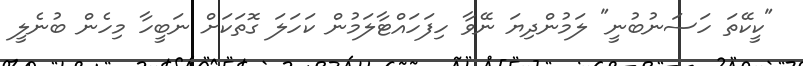
"ކީކޭތަ ހަސަނުބުނީ" ލަމުންދިޔަ ނޭވާ ހިފަހައްޓާލަމުން ކަހަލަ ގޮތަކަށް ނަބީހާ މިހެން ބުނެލީ